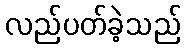
လည်ပတ်ခဲ့သည်